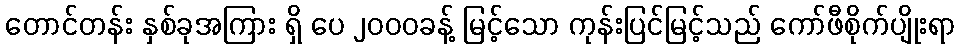
တောင်တန်း နှစ်ခုအကြား ရှိ ပေ ၂၀၀၀ခန့် မြင့်သော ကုန်းပြင်မြင့်သည် ကော်ဖီစိုက်ပျိုးရာ